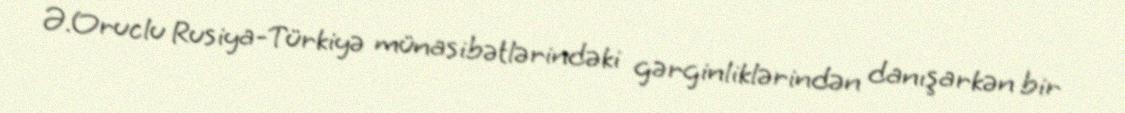
Ə.Oruclu Rusiya-Türkiyə münasibətlərindəki gərginliklərindən danışarkən bir